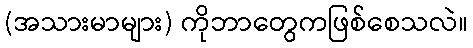
(အသားမာများ) ကိုဘာတွေကဖြစ်စေသလဲ။